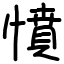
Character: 憤